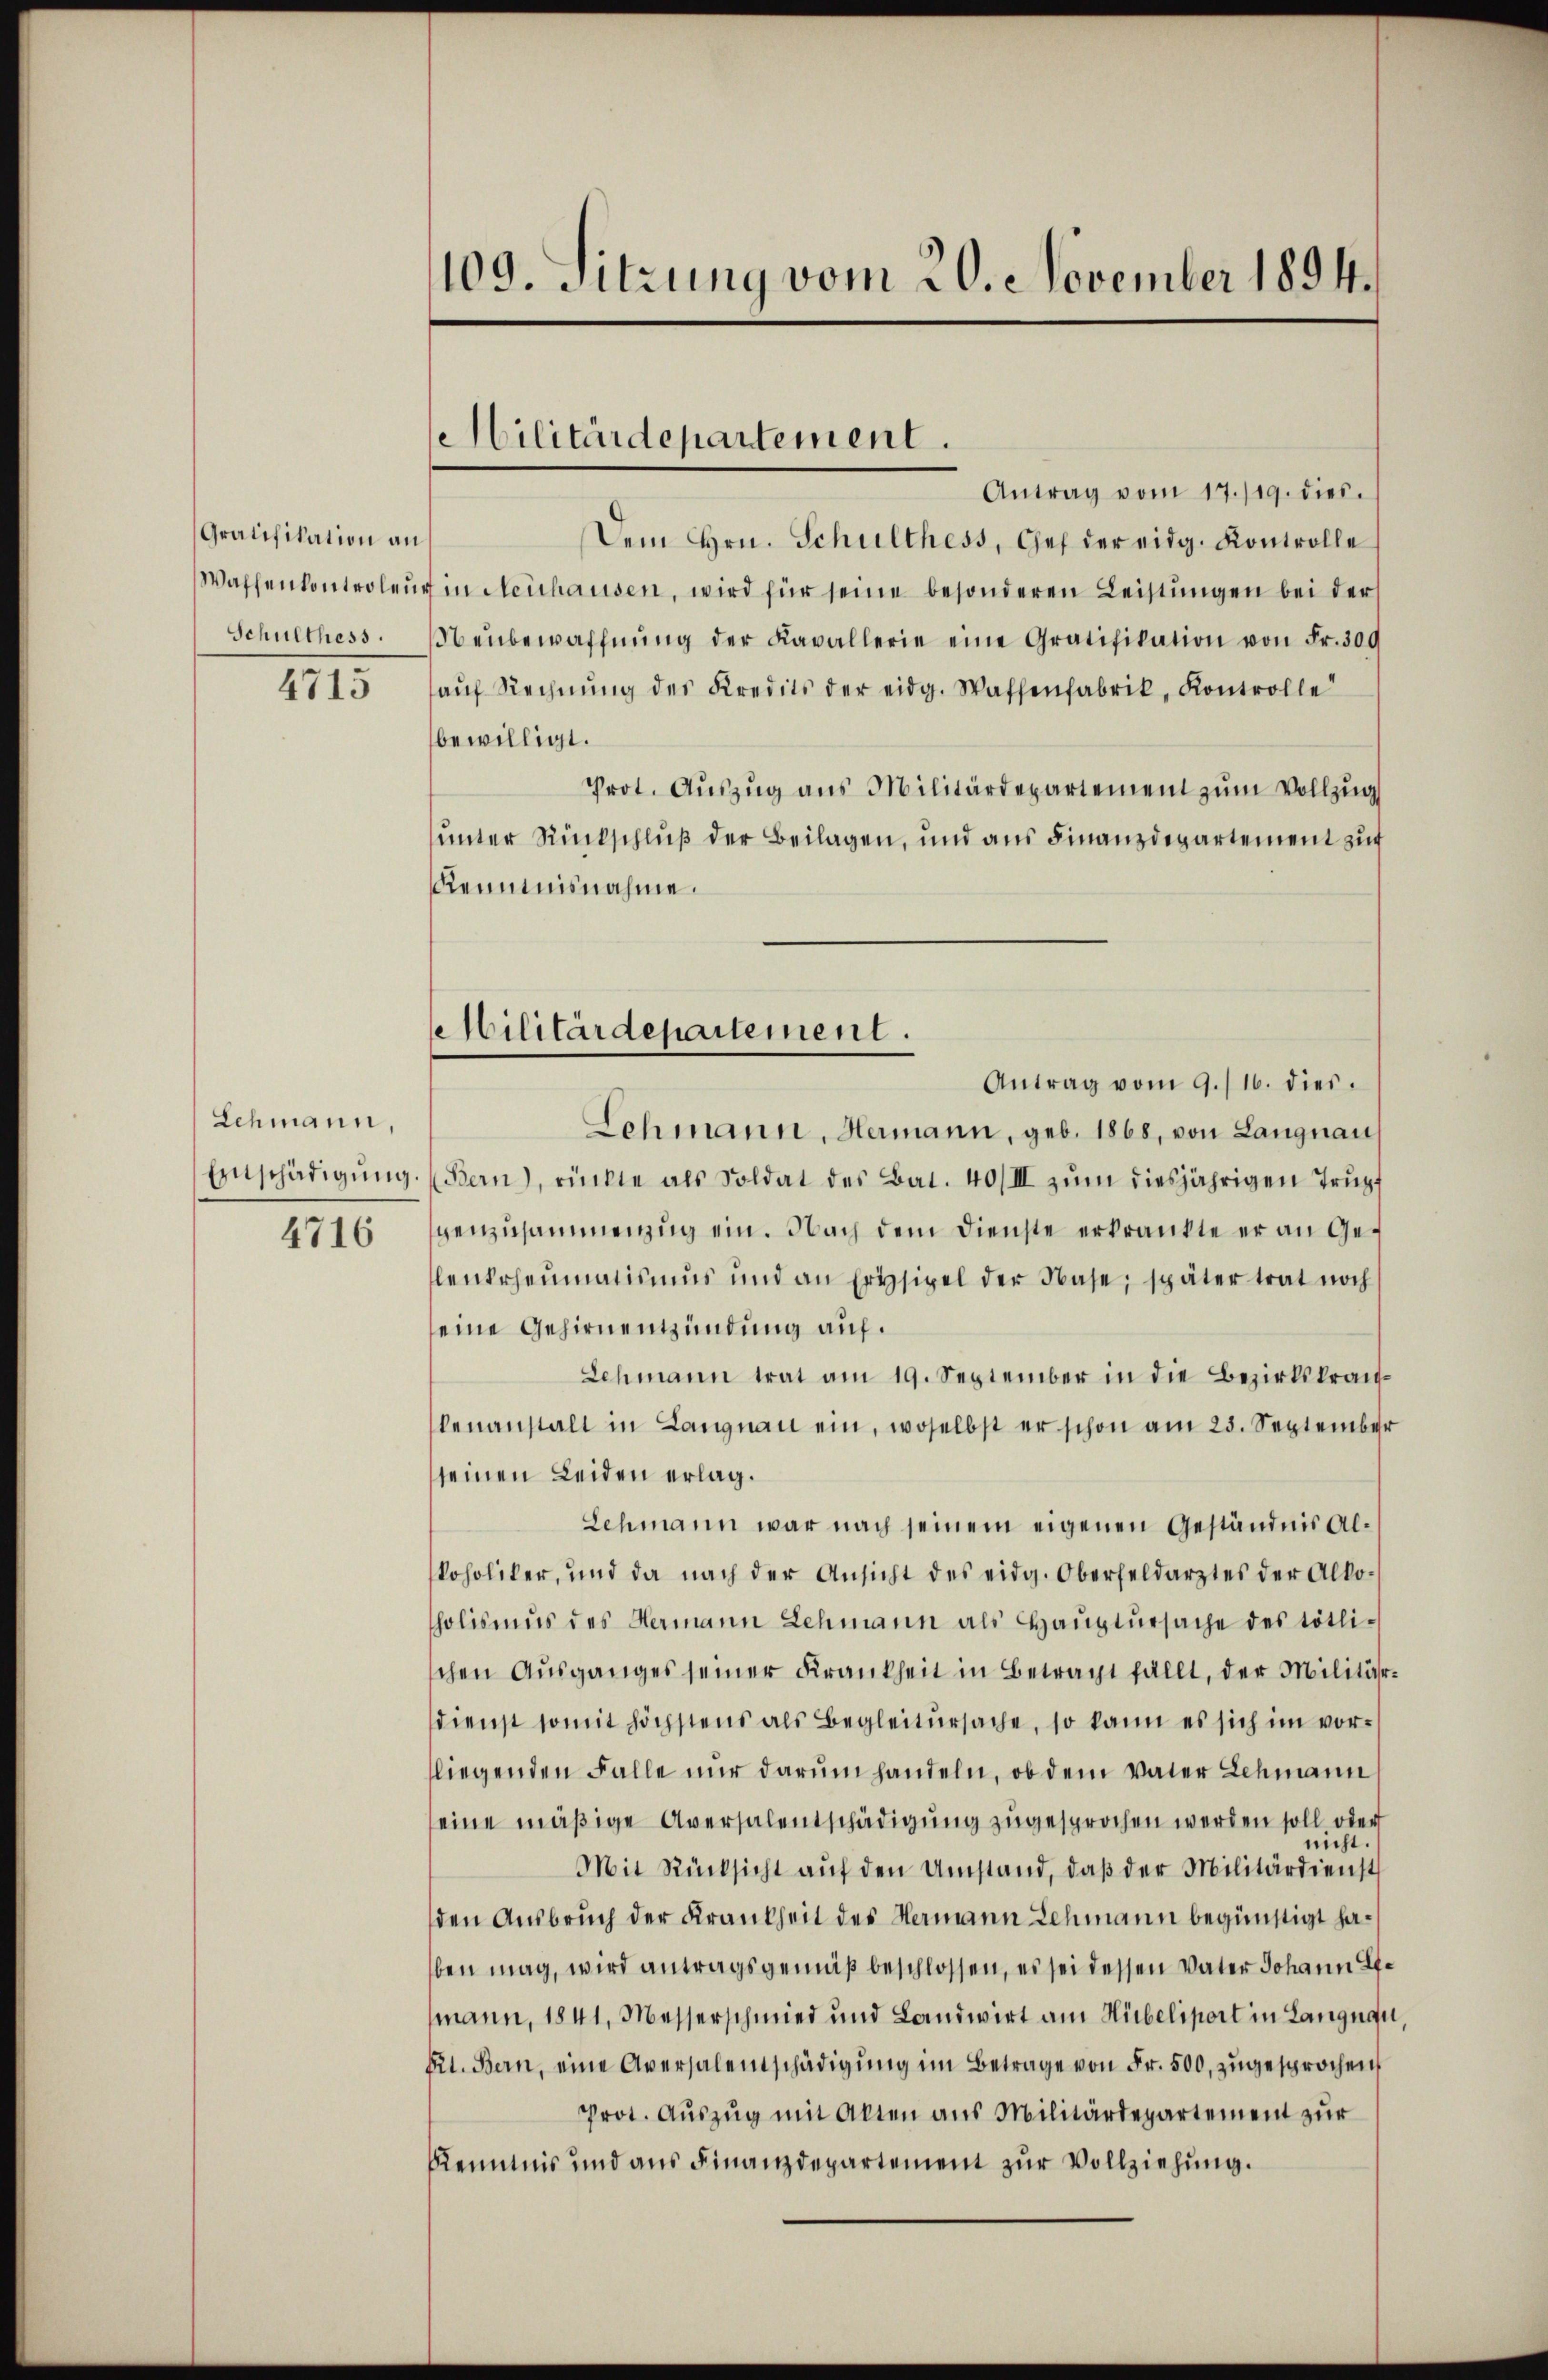
Gratifikation an
Schulthess.
4715

Schmann,
Einschädigung.
4716

109. Sitzung vom 20. November 1894.

Militärdepartement.

Antrag vom 17./19. dies
Dem Hrn. Schulthess, Chef der eidg. Kontrolle
Waffenkontroleur in Neuhausen, wird für seine besonderen Leistungen bei der
Nenbewaffnŭng der Kavallerie eine Gratifikation von Fr. 309
aŭf Rechnŭng des Kredits der eidg. Waffenfabrik, Kontrolle
bewilligt.
Prot. Aŭszŭg ans Militärdepartement zum Vollzug
unter Rückschluß der Beilagen, und aus Finanzdepartement zuf
Renntnisnahme.
Antrag vom 9./16. dies
Lohmann, Hermann, geb. 1868, von Langnau
Bern), rückte als Soldat des Bat. 40/III zŭm diesjährigen Trŭpf
genzusammenzug ein. Nach dem Dienste erkrankte er an Gelenkrheumatismus und an Erysipel der Nase, später trat noch
seine Gehirnentzündung auf.
Schmann trat am 19. September in die Bezirkskrankenanstalt in Langnau ein, woselbst er schon am 25. September
seinen Leiden erlag.
Lehmann war nach seinem eigenen Geständnis Alkoholiker, und da nach der Ansicht des eidg. Oberfeldarztes der Alko-
tholismus des Hermann Lehmann als Haŭptŭrsache des tötli-
chen Aŭsganges seiner Krankheit in Betragt fällt, der Militär-
dienst somit höchstens als Begleitŭrsache, so kann es sich im vorfliegenden Falle nur darum handeln, ob dem Vater Lehmann
seine mäßige Aversalentschädigung zugesprochen werden soll oder
nicht
Mit Rücksicht aŭf den Umstand, daβ der Militärdienst
den Ausbruch der Krankheit des Hermann Lehmann begünstigt haben mag, wird antragsgemäß beschlossen, es sei dessen Vater Johann Emann, 1841, Messerschmied und Landwirt am Hübeliport in Langnau
Kt. Bern, eine Aversalentschädigŭng im Betrage von Fr. 500. zugesprochen
Prot. Auszug mit Akten aus Militärdepartement zur
Kenntnis und aus Finanzdepartement zur Vollziehung.

Militärdepartement.